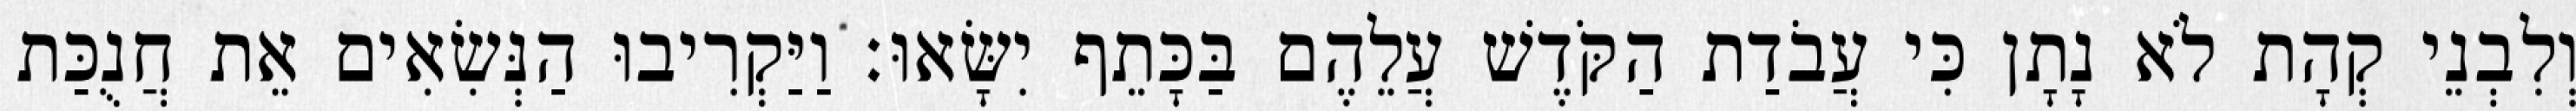
וְלִבְנֵי קְהָת לֹא נָתָן כִּי עֲבֹדַת הַקֹּדֶשׁ עֲלֵהֶם בַּכָּתֵף יִשָּׂאוּ׃ וַיַּקְרִיבוּ הַנְּשִׂאִים אֵת חֲנֻכַּת